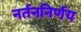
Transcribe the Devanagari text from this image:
नर्तननिर्णय